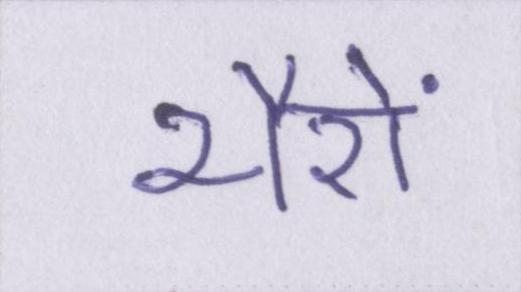
भैरों